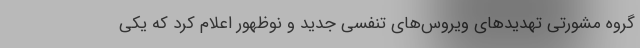
گروه مشورتی تهدیدهای ویروس‌های تنفسی جدید و نوظهور اعلام کرد که یکی